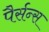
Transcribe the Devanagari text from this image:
पैर्सन्स